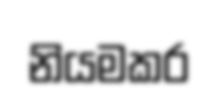
නියමකර